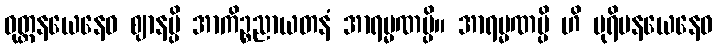
ဝုတ္တနယေနေဝ ဈာနမ္ပိ အာကိဉ္စညာယတနံ အာရမ္မဏမ္ပိ။ အာရမ္မဏမ္ပိ ဟိ ပုရိမနယေနေဝ